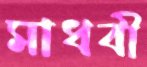
মাধবী